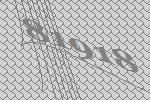
81918